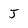
Character: J